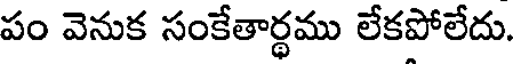
పం వెనుక సంకేతార్ధము లేకపోలేదు.